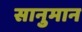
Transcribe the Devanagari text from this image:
सानुमान